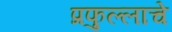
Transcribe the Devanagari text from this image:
प्रफुल्लाचे